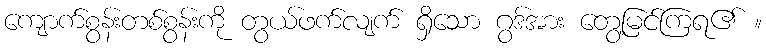
ကျောက်စွန်းတစ်စွန်းကို တွယ်ဖက်လျက် ရှိသော ဂွဒ်အား တွေ့မြင်ကြရ၏ ။